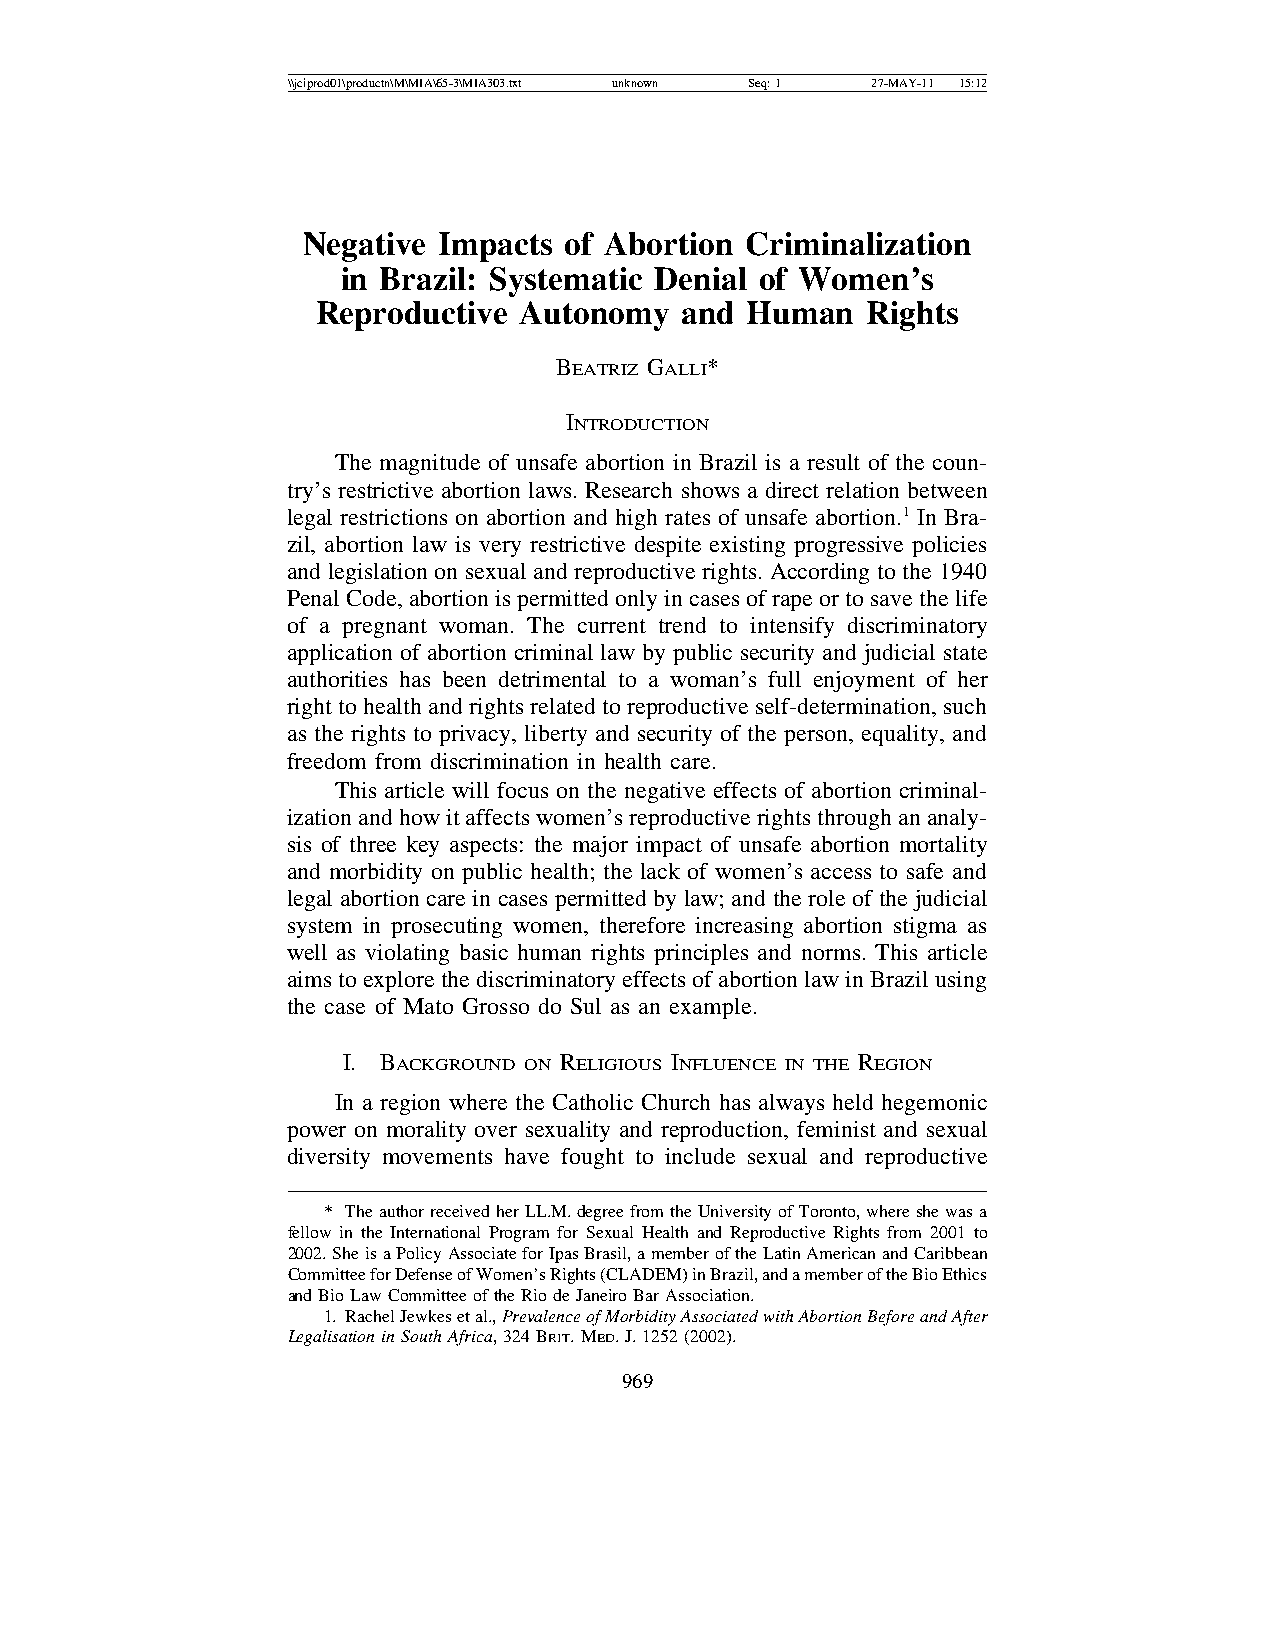
\\jciprod01\productn\M\MIA\65-3\MIA303.txt unknown Seq: 1 27-MAY-11 15:12
 Negative Impacts of Abortion Criminalization
 in Brazil: Systematic Denial of Women’s
 Reproductive Autonomy   and Human   Rights
 BEATRIZ GALLI*
 INTRODUCTION
 The magnitude of unsafe abortion in Brazil is a result of the coun-
 try’s restrictive abortion laws. Research shows a direct relation between
 legal restrictions on abortion and high rates of unsafe abortion.1 In Bra-
 zil, abortion law is very restrictive despite existing progressive policies
 and legislation on sexual and reproductive rights. According to the 1940
 Penal Code, abortion is permitted only in cases of rape or to save the life
 of a pregnant woman. The current trend to intensify discriminatory
 application of abortion criminal law by public security and judicial state
 authorities has been detrimental to a woman’s full enjoyment of her
 right to health and rights related to reproductive self-determination, such
 as the rights to privacy, liberty and security of the person, equality, and
 freedom from discrimination in health care.
 This article will focus on the negative effects of abortion criminal-
 ization and how it affects women’s reproductive rights through an analy-
 sis of three key aspects: the major impact of unsafe abortion mortality
 and morbidity on public health; the lack of women’s access to safe and
 legal abortion care in cases permitted by law; and the role of the judicial
 system in prosecuting women, therefore increasing abortion stigma as
 well as violating basic human rights principles and norms. This article
 aims to explore the discriminatory effects of abortion law in Brazil using
 the case of Mato Grosso do Sul as an example.
 I. BACKGROUND ON RELIGIOUS INFLUENCE IN THE REGION
 In a region where the Catholic Church has always held hegemonic
 power on morality over sexuality and reproduction, feminist and sexual
 diversity movements have fought to include sexual and reproductive
 * The author received her LL.M. degree from the University of Toronto, where she was a
 fellow in the International Program for Sexual Health and Reproductive Rights from 2001 to
 2002. She is a Policy Associate for Ipas Brasil, a member of the Latin American and Caribbean
 Committee for Defense of Women’s Rights (CLADEM) in Brazil, and a member of the Bio Ethics
 and Bio Law Committee of the Rio de Janeiro Bar Association.
 1. Rachel Jewkes et al., Prevalence of Morbidity Associated with Abortion Before and After
 Legalisation in South Africa, 324 BRIT. MED. J. 1252 (2002).
 969